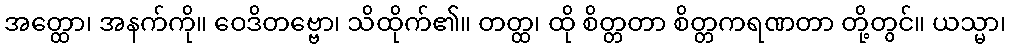
အတ္ထော၊ အနက်ကို။ ဝေဒိတဗ္ဗော၊ သိထိုက်၏။ တတ္ထ၊ ထို စိတ္တတာ စိတ္တကရဏတာ တို့တွင်။ ယသ္မာ၊